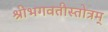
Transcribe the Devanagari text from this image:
श्रीभगवतीस्तोत्रम्